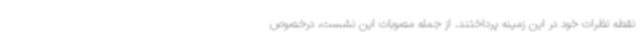
نقطه نظرات خود در این زمینه پرداختند. از جمله مصوبات این نشست، درخصوص